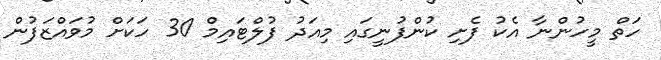
ހަތް މީހުންނާ އެކު ފެށި ކުންފުނީގައި މިއަދު ފުލްޓައިމް 30 ހަކަށް މުވައްޒަފުން